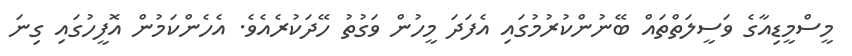
މީސްމީޑިއާގެ ވަސީލަތްތައް ބޭނުންކުރުމުގައި އެފަދަ މީހުން ވަގުތު ހޭދަކުރެއެވެ. އެހެންކަމުން އޮފީހުގައި ގިނަ